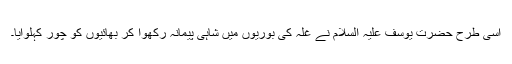
اسی طرح حضرت یوسف علیہ السلام نے غلّہ کی بوریوں میں شاہی پیمانہ رکھوا کر بھائیوں کو چور کہلوایا۔